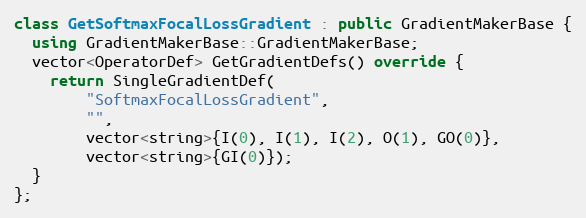
Language: C++
class GetSoftmaxFocalLossGradient : public GradientMakerBase {
  using GradientMakerBase::GradientMakerBase;
  vector<OperatorDef> GetGradientDefs() override {
    return SingleGradientDef(
        "SoftmaxFocalLossGradient",
        "",
        vector<string>{I(0), I(1), I(2), O(1), GO(0)},
        vector<string>{GI(0)});
  }
};